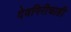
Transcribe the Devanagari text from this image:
देवगिरीचाही